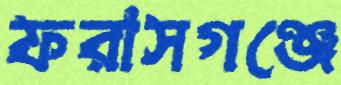
ফরাসগঞ্জে